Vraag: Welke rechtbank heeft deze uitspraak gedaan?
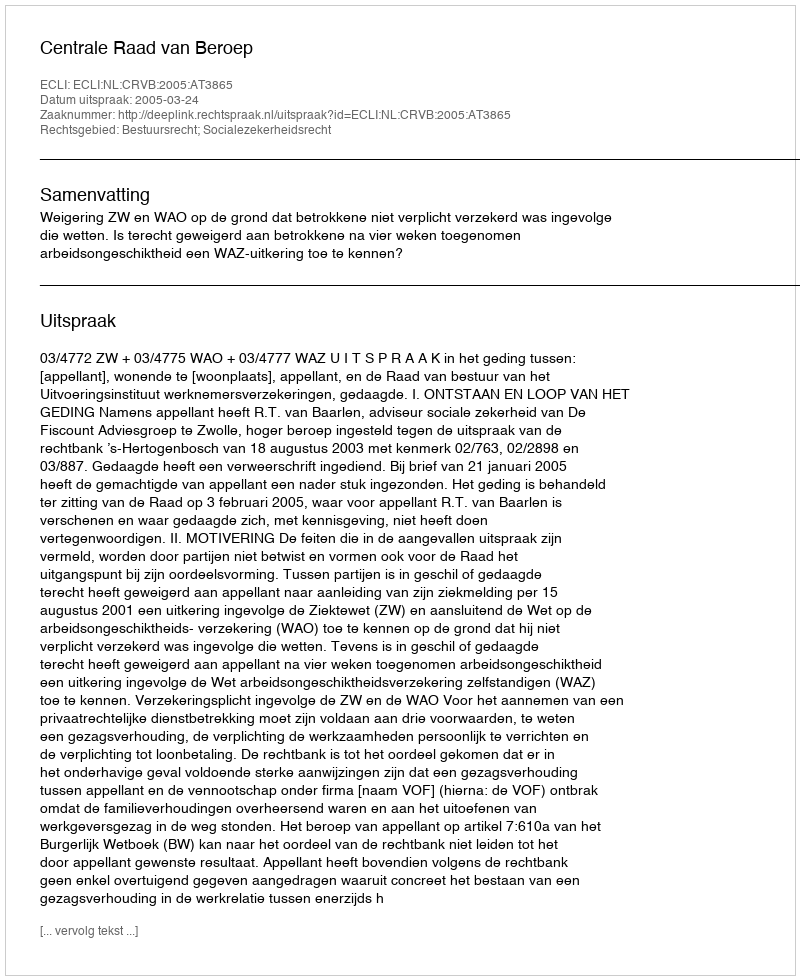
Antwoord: Centrale Raad van Beroep